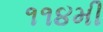
૧૧૪મી